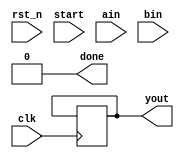
module multi_16bit (
    input clk,
    input rst_n,
    input start,
    input [15:0] ain,
    input [15:0] bin,
    output reg [31:0] yout,
    output done
);

    reg [3:0] i; // Shift count register
    reg [15:0] areg, breg; // Registers for multiplicand and multiplier
    reg [31:0] yout_r; // Register for the product
    reg done_r; // Register for the done signal

    // Initialize the output and internal registers
    initial begin
        i = 0;
        areg = 0;
        breg = 0;
        yout_r = 0;
        done_r = 0;
        yout = 0;
    end

    // Assign the done signal to the done_r register
    assign done = done_r;

    // Control logic for multiplication
    always @(posedge clk or negedge rst_n) begin
        if (!rst_n) begin
            // Reset condition
            i <= 0;
            areg <= 0;
            breg <= 0;
            yout_r <= 0;
            done_r <= 0;
        end else if (start) begin
            if (i == 0) begin
                // Load the input values into registers
                areg <= ain;
                breg <= bin;
                yout_r <= 0; // Clear the accumulator
            end else if (i < 17) begin
                // Perform shift and accumulate if the corresponding bit in areg is set
                if (areg[i-1])
                    yout_r <= yout_r + (breg << (i - 1));
            end

            // Increment the shift count register
            if (i < 17) begin
                i <= i + 1;
            end

            // Update the done flag
            done_r <= (i == 16);
        end else begin
            // If start is not active, reset the shift count and done flag
            i <= 0;
            done_r <= 0;
        end
    end

    // Update the output register at the end of multiplication
    always @(posedge clk) begin
        if (done_r) begin
            yout <= yout_r; // Assign the accumulated product to the output
        end
    end

endmodule